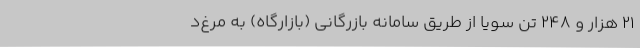
21 هزار و 248 تن سویا از طریق سامانه بازرگانی (بازارگاه) به مرغ‌د